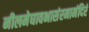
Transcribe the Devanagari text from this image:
नीलमेघावभासंरमामंदिरं